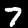
Digit: 7